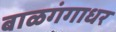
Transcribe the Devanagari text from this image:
बाळगंगाधर